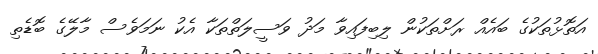
އަތޮޅުތަކުގެ ބައެއް ރަށްތަކުން ލިބިފައިވާ މަދު ވަސީލަތްތަކާ އެކު ނަމަވެސް މާލޭގެ ބޮޑެތި